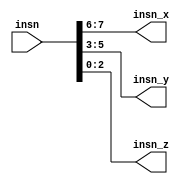
`default_nettype none

module cpu_decoder(
	input wire [7:0] insn,

	output wire [1:0] insn_x,
	output wire [2:0] insn_y,
	output wire [2:0] insn_z
);

	assign insn_x = insn[7:6];
	assign insn_y = insn[5:3];
	assign insn_z = insn[2:0];

endmodule